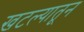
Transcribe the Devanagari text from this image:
खटल्यातून